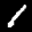
Label: 1